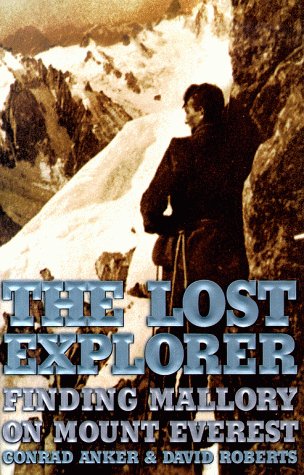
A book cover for The Lost Explorer : Finding Mallory On Mount Everest; Conrad Anker; Travel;